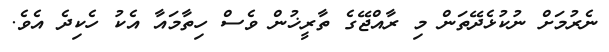
ނެރުމަށް ނުކުޅެދޭތަން މި ރާއްޖޭގެ ތާރީޚުން ވެސް ހިތާމައާ އެކު ހެކިދެ އެވެ.